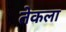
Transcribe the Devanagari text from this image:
तेकला